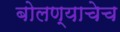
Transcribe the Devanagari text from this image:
बोलण्याचेच